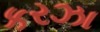
કરઝા